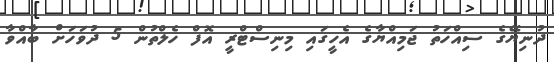
ދުނިޔޭގެ ސިއްހަތު ޖަމިއްޔާގެ އެހީގައި މިނިސްޓްރީ އޮފް ހެލްތުން 5 ދުވަހަށް ބާއްވާ